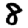
Digit: 8